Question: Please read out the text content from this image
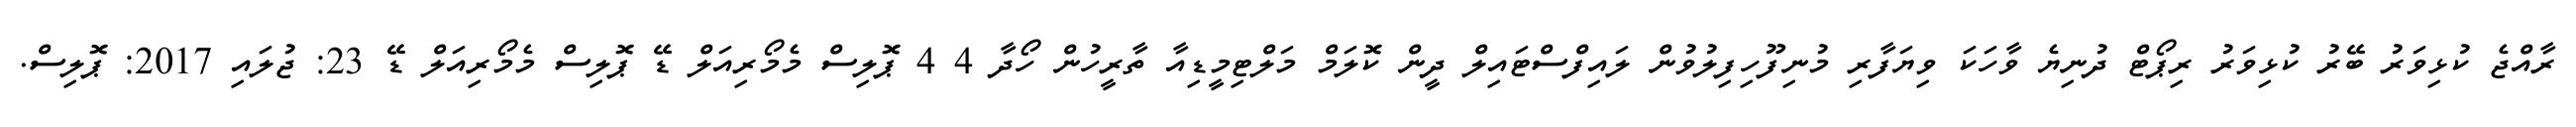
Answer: ރާއްޖެ ކުޅިވަރު ބޭރު ކުޅިވަރު ރިޕޯޓް ދުނިޔެ ވާހަކަ ވިޔަފާރި މުނިފޫހިފިލުވުން ލައިފްސްޓައިލް ދީން ކޮލަމް މަލްޓިމީޑިއާ ތާރީހުން ހޯދާ 4 4 ޕޮލިސް މެމޯރިއަލް ޑޭ ޕޮލިސް މެމޯރިއަލް ޑޭ 23: ޖުލައި 2017: ޕޮލިސް.